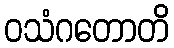
ဝသံဂတောတိ